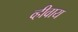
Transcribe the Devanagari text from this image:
व्हीवाय